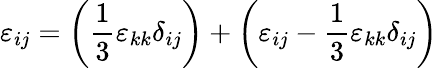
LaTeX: \varepsilon_{ij}=\left({\frac{1}{3}}\varepsilon_{kk}\delta_{ij}\right)+\left(\varepsilon_{ij}-{\frac{1}{3}}\varepsilon_{kk}\delta_{ij}\right)